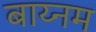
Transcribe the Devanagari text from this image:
बाय्नम